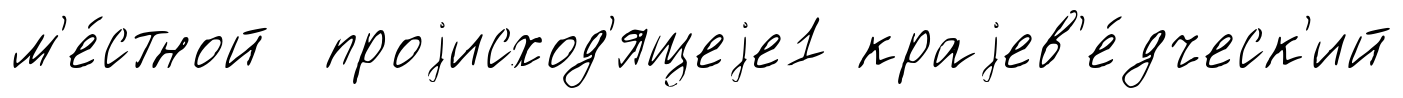
м'е́стной проjисход'ящеjе1 краjев'е́дческ'ий